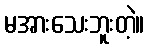
မအားသေးဘူးတဲ့။